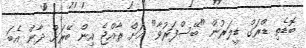
ބޮޑެތި ޑްރަގް ޑީލަރުން "ބޭސްފަރުވާ" އަށް ރާއްޖެ އިން ބޭރަށް ދާން އެބަ